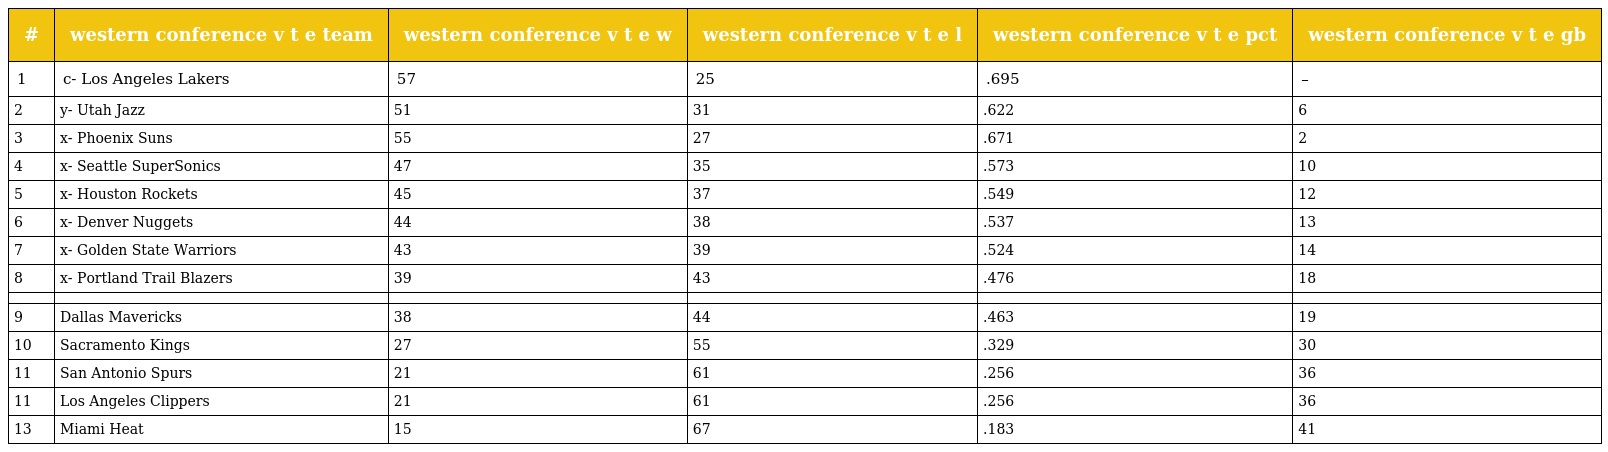
| # | western conference v t e team | western conference v t e w | western conference v t e l | western conference v t e pct | western conference v t e gb |
 | --- | --- | --- | --- | --- | --- |
 | 1 | c- Los Angeles Lakers | 57 | 25 | .695 | – |
 | 2 | y- Utah Jazz | 51 | 31 | .622 | 6 |
 | 3 | x- Phoenix Suns | 55 | 27 | .671 | 2 |
 | 4 | x- Seattle SuperSonics | 47 | 35 | .573 | 10 |
 | 5 | x- Houston Rockets | 45 | 37 | .549 | 12 |
 | 6 | x- Denver Nuggets | 44 | 38 | .537 | 13 |
 | 7 | x- Golden State Warriors | 43 | 39 | .524 | 14 |
 | 8 | x- Portland Trail Blazers | 39 | 43 | .476 | 18 |
 |  |  |  |  |  |  |
 | 9 | Dallas Mavericks | 38 | 44 | .463 | 19 |
 | 10 | Sacramento Kings | 27 | 55 | .329 | 30 |
 | 11 | San Antonio Spurs | 21 | 61 | .256 | 36 |
 | 11 | Los Angeles Clippers | 21 | 61 | .256 | 36 |
 | 13 | Miami Heat | 15 | 67 | .183 | 41 |